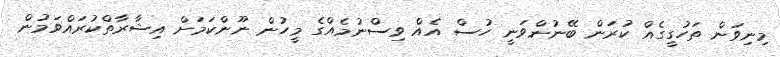
މިނިވަން ތަހުގީގެއް ކުރަން ބޭނުންވަނީ ހުސް އެއް ވިސްނުމެއްގެ މީހުން ނޫންކަމަށް އިޝާރާތްކުރައްވަމުން